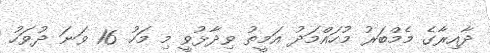
ދާއިރާގެ މެމްބަރު މުހައްމަދު އަމީތު ވިދާޅުވީ މި މަހު 16 ވަނަ ދުވަހު